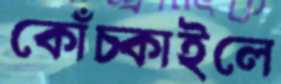
কোঁচ্‌কাইলে